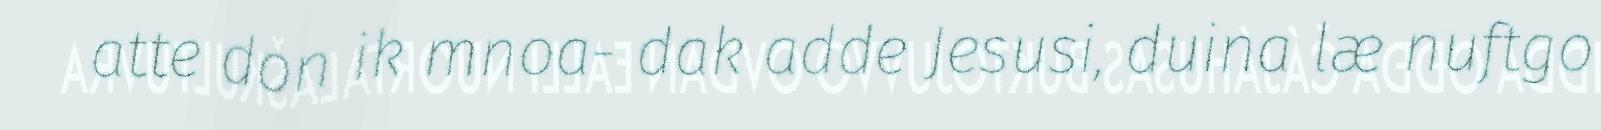
atte don ik mnoa- dak adde Jesusi, duina læ nuftgo